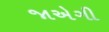
જાએગી